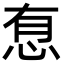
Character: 㤫